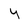
Character: y